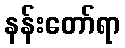
နန်းတော်ရာ